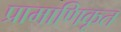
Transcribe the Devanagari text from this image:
प्रामाणिकृत